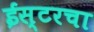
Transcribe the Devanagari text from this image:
ईस्टरचा